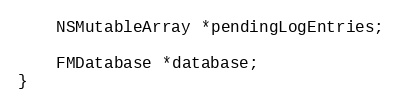
Language: C
    NSMutableArray *pendingLogEntries;

    FMDatabase *database;
}